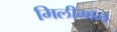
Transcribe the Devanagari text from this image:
मिलीमॉल